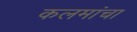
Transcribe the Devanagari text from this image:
कलमांचा